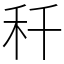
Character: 䄭